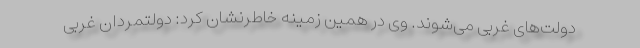
دولت‌های غربی‌ می‌شوند. وی در همین زمینه خاطرنشان کرد: دولتمردان غربی